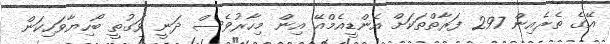
އޭގެ ތެރެއިން 297 ފަރާތްތަކަށް އެންޑީއެމްއޭ އިން މިހާރުވެސް ދަނީ ވަގުތީ ބޯހިޔާވަހިކަން